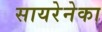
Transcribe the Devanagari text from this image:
सायरेनेका